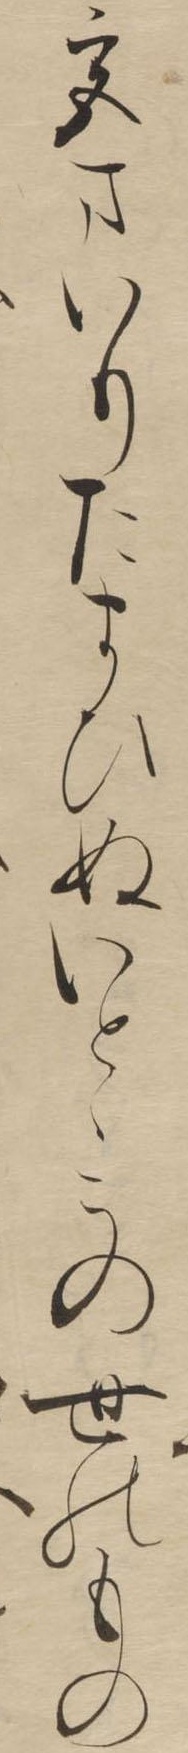
宮まいりたまひぬいとゝこの世のもの